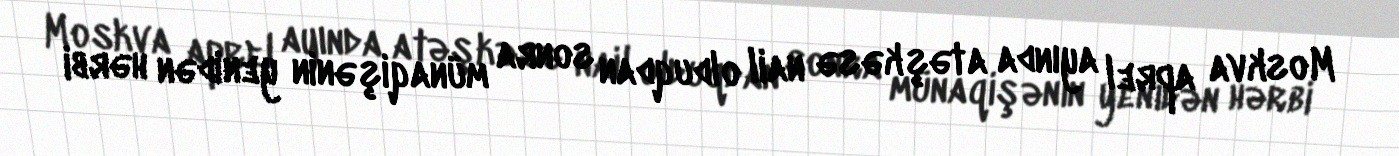
Moskva aprel ayında atəşkəsə nail olduqdan sonra münaqişənin yenidən hərbi